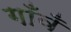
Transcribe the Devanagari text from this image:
गाँवँ